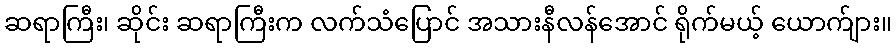
ဆရာကြီး၊ ဆိုင်း ဆရာကြီးက လက်သံပြောင် အသားနီလန်အောင် ရိုက်မယ့် ယောက်ျား။